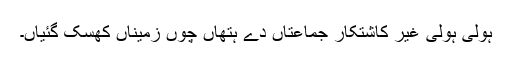
ہولی ہولی غیر کاشتکار جماعتاں دے ہتھاں چوں زمیناں کھسک گئیاں۔